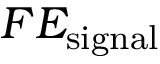
F E _ { \mathrm { { s i g n a l } } }